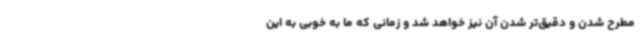
مطرح شدن و دقیق‌تر شدن آن نیز خواهد شد و زمانی که ما به خوبی به این